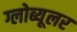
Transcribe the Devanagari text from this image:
ग्लोब्यूलर